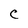
Character: C